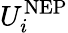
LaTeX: U_{i}^{\mathrm{NEP}}